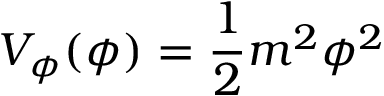
V _ { \phi } ( \phi ) = { \frac { 1 } { 2 } } m ^ { 2 } \phi ^ { 2 }